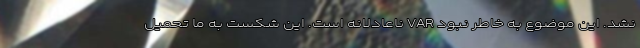
نشد. این موضوع به خاطر نبود VAR ناعادلانه است. این شکست به ما تحمیل